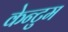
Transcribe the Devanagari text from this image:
केन्टुम